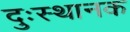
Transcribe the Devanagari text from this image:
दुःस्थानक